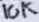
Text: 10K